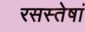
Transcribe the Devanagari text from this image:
रसस्तेषां